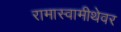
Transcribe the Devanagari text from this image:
रामास्वामीथेवर